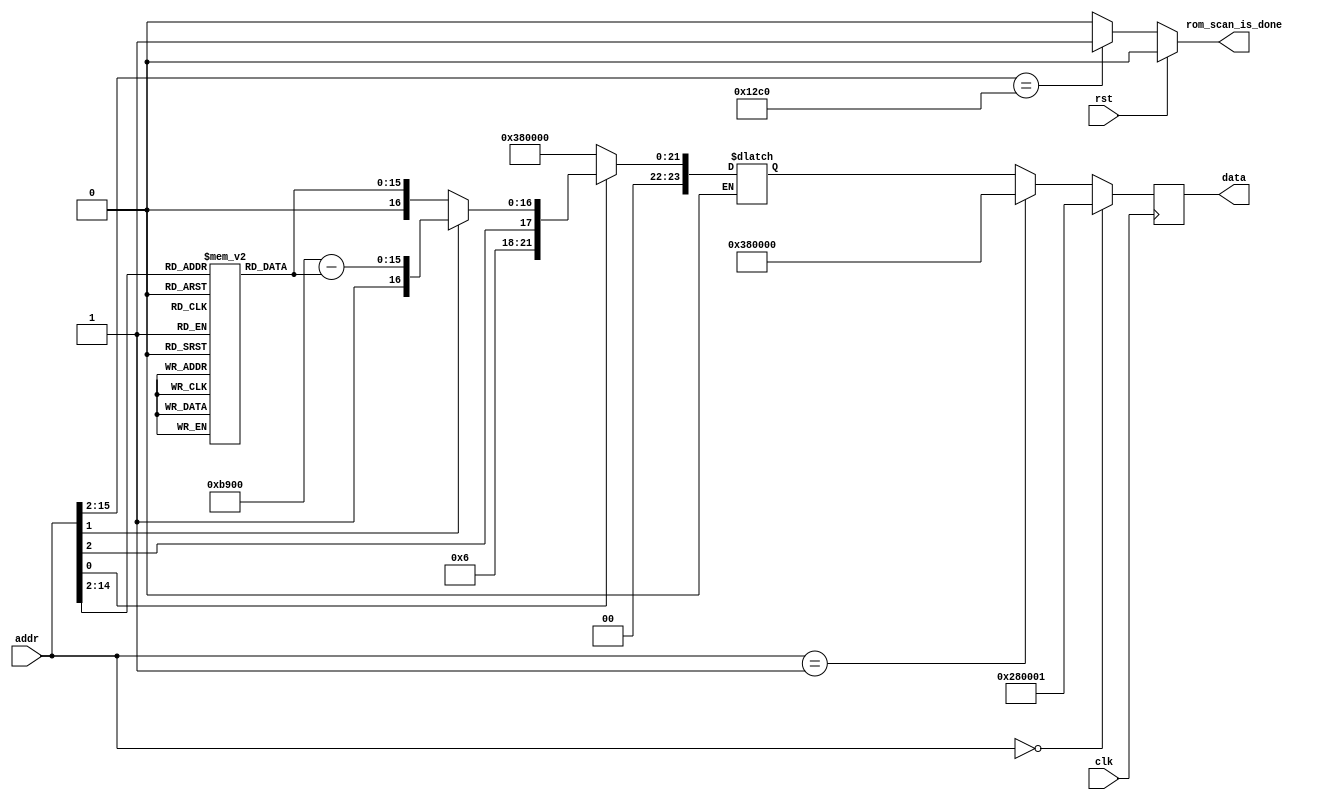
module mems_rom (
	input rst,
    input clk,
    input [15:0] addr,
    // input [7:0] delta_A,
    // input [7:0] delta_B,
    // input [7:0] delta_C,
    // input [7:0] delta_D,
    output [23:0] data,
	output rom_scan_is_done
  );
  
  parameter rom_size = 4800;
 
  reg [15:0] rom_data [rom_size:0];
  reg [23:0] data_d, data_q;
  wire[14:0] addrs;
  reg [15:0] antidata;
  reg done;
 
  assign data = data_q;
  assign rom_scan_is_done = done;
  assign addrs = addr[15:2];

  
  always @(rst,addrs) begin
	if (rst) begin
        done = 1'b0;
	end	
	else begin
		if (addrs == rom_size)
			done = 1'b1;
		else
			done = 1'b0;
	end		
  end
 
  always @(*) begin
	antidata = 16'hB900 - rom_data[addrs];
	
 


	if (addr[0]==1'b0) begin
		data_d = 24'b00111000_0000000000000000;	//Vref send in 50% samples	
	end	
	
	else begin //data in 50%
		if (addr[1]==1'b0) begin
			data_d = {6'b000110,addr[2], addr[1], rom_data[addrs]};
		//data_d = 24'b00111000_0000000000000000;
		end
		else if(addr[1]==1'b1) begin
			data_d = {6'b000110,addr[2:1],antidata};
			//data_d = 24'b00111000_0000000000000000;
		end
	end
  end


  always @(posedge clk) begin
  
  	if (addr==0) begin
		data_q <= 24'b001010000000000000000001; // SOFT_RESET;//
	end
	else if (addr==1) begin
		data_q <= 24'b00111000_0000000000000000;	//Vref 
	end
	else begin
		data_q <= data_d;
	end
  end
 
endmodule